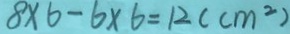
8 \times 6 - 6 \times 6 = 1 2 ( c m ^ { 2 } )